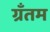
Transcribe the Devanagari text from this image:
ग्रँतम